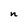
Character: n